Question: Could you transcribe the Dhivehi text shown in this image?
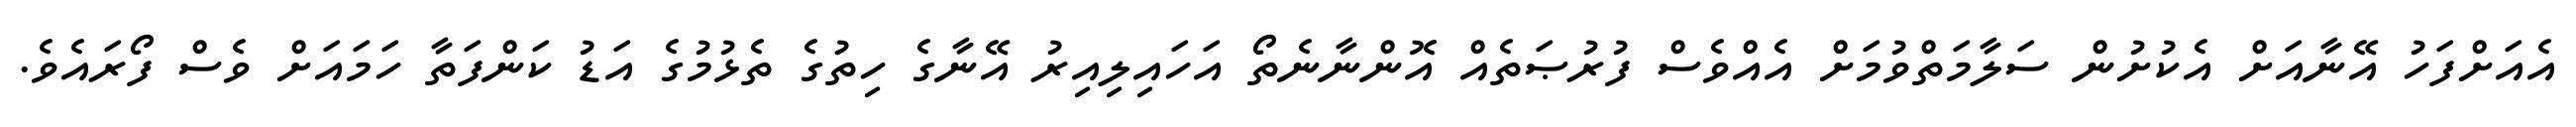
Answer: އެއަށްފަހު އޭނާއަށް އެކުށުން ސަލާމަތްވުމަށް އެއްވެސް ފުރުޞަތެއް އޮންނާނެތޯ އަހައިލިއިރު އޭނާގެ ހިތުގެ ތެޅުމުގެ އަޑު ކަންފަތާ ހަމައަށް ވެސް ފޯރައެވެ.